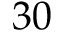
3 0